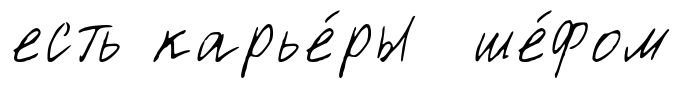
есть карье́ры ше́фом